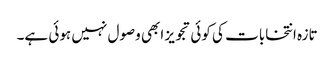
تازہ انتخابات کی کوئی تجویز ابھی وصول نہیں ہوئی ہے۔